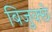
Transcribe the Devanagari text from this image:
बिजुक्छे